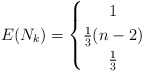
\begin{align*} E(N_k)= \left\{\def\arraystretch{1.2} \begin{array}{@{}c@{\quad}l@{}} 1 & \\ \frac13(n-2) & \\ \frac13 & \\ \end{array}\right.\end{align*}